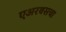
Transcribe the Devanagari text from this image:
एअरबसचा